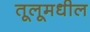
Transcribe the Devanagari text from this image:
तूलूमधील